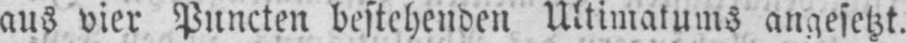
aus vier Puncten bestehenden Ultimatums angesetzt.